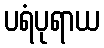
ပရံပုရာယ